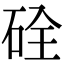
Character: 硂